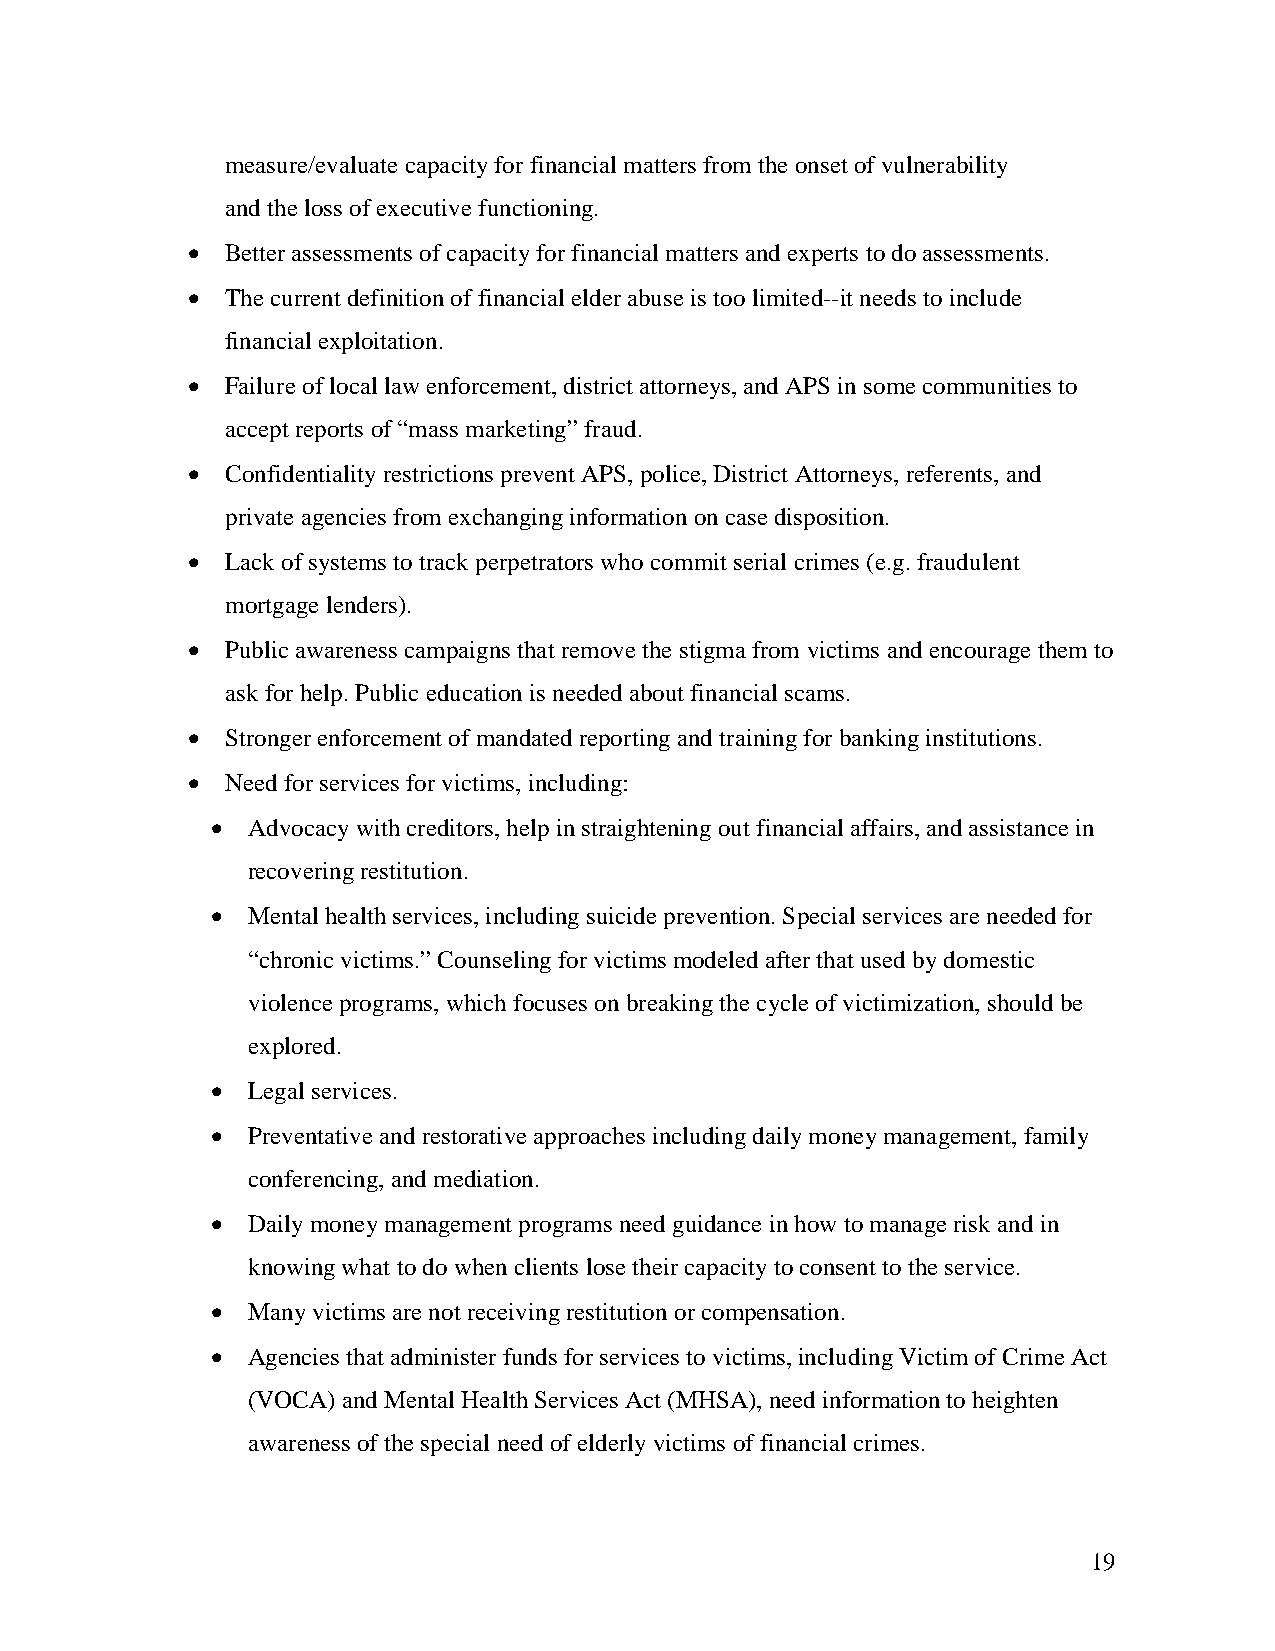
measure/evaluate capacity for financial matters from the onset of vulnerability
 and the loss of executive functioning.
 •  Better assessments of capacity for financial matters and experts to do assessments.
 •  The current definition of financial elder abuse is too limited--it needs to include
 financial exploitation.
 •  Failure of local law enforcement, district attorneys, and APS in some communities to
 accept reports of “mass marketing” fraud.
 •  Confidentiality restrictions prevent APS, police, District Attorneys, referents, and
 private agencies from exchanging information on case disposition.
 •  Lack of systems to track perpetrators who commit serial crimes (e.g. fraudulent
 mortgage lenders).
 •  Public awareness campaigns that remove the stigma from victims and encourage them to
 ask for help. Public education is needed about financial scams.
 •  Stronger enforcement of mandated reporting and training for banking institutions.
 •  Need for services for victims, including:
 • Advocacy with creditors, help in straightening out financial affairs, and assistance in
 recovering restitution.
 • Mental health services, including suicide prevention. Special services are needed for
 “chronic victims.” Counseling for victims modeled after that used by domestic
 violence programs, which focuses on breaking the cycle of victimization, should be
 explored.
 • Legal services.
 • Preventative and restorative approaches including daily money management, family
 conferencing, and mediation.
 • Daily money management programs need guidance in how to manage risk and in
 knowing what to do when clients lose their capacity to consent to the service.
 • Many victims are not receiving restitution or compensation.
 • Agencies that administer funds for services to victims, including Victim of Crime Act
 (VOCA) and Mental Health Services Act (MHSA), need information to heighten
 awareness of the special need of elderly victims of financial crimes.
 19